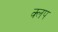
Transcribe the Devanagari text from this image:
क्लप